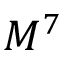
M ^ { 7 }